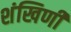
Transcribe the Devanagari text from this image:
शंखिणी